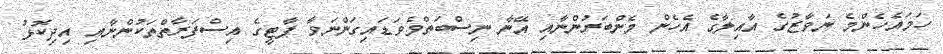
ހަމައެހެންމެ ނަވާޒުގެ އާއިލާގެ އެހެން މެންބަރުންނާއި އޭނާ ނިސްބަތްވެވަޑައިގަންނަވާ ޕާޓީގެ އިސްފަރާތްތަކުންނާއި އިދިކޮޅު